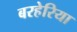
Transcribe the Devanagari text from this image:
बरहेरिया